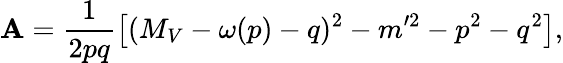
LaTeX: \mathbf{A}=\frac{{1}}{{2pq}}\left[(M_{V}-\omega(p)-q)^{2}-m^{\prime2}-p^{2}-q^{2}\right],